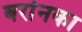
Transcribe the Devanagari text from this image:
बर्रानका